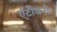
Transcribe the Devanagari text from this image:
एंटीजनी